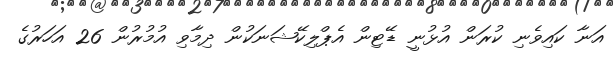
އަނާ ކައިވެނި ކުރަން އުޅުނީ ޑޭޓިން އެޕްލިކޭޝަނަކުން ދިމާވި އުމުރުން 26 އަހަރުގެ